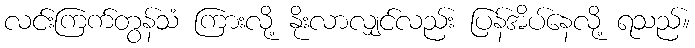
လင်းကြက်တွန်သံ ကြားလို့ နိုးလာလျှင်လည်း ပြန်အိပ်နေလို့ ရသည်။